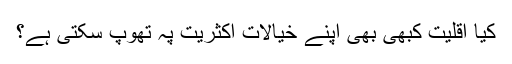
کیا اقلیت کبھی بھی اپنے خیالات اکثریت پہ تھوپ سکتی ہے؟